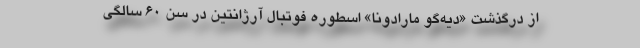
از درگذشت «دیه‌گو مارادونا» اسطوره فوتبال آرژانتین در سن ۶۰ سالگی